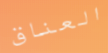
العناق